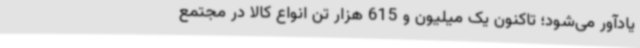
یادآور می‌شود؛ تاکنون یک میلیون و 615 هزار تن انواع کالا در مجتمع